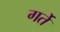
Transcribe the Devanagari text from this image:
गर्ते